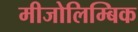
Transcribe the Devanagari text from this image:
मीजोलिम्बिक